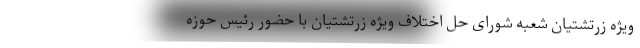
ویژه زرتشتیان شعبه شورای حل اختلاف ویژه زرتشتیان با حضور رئیس حوزه